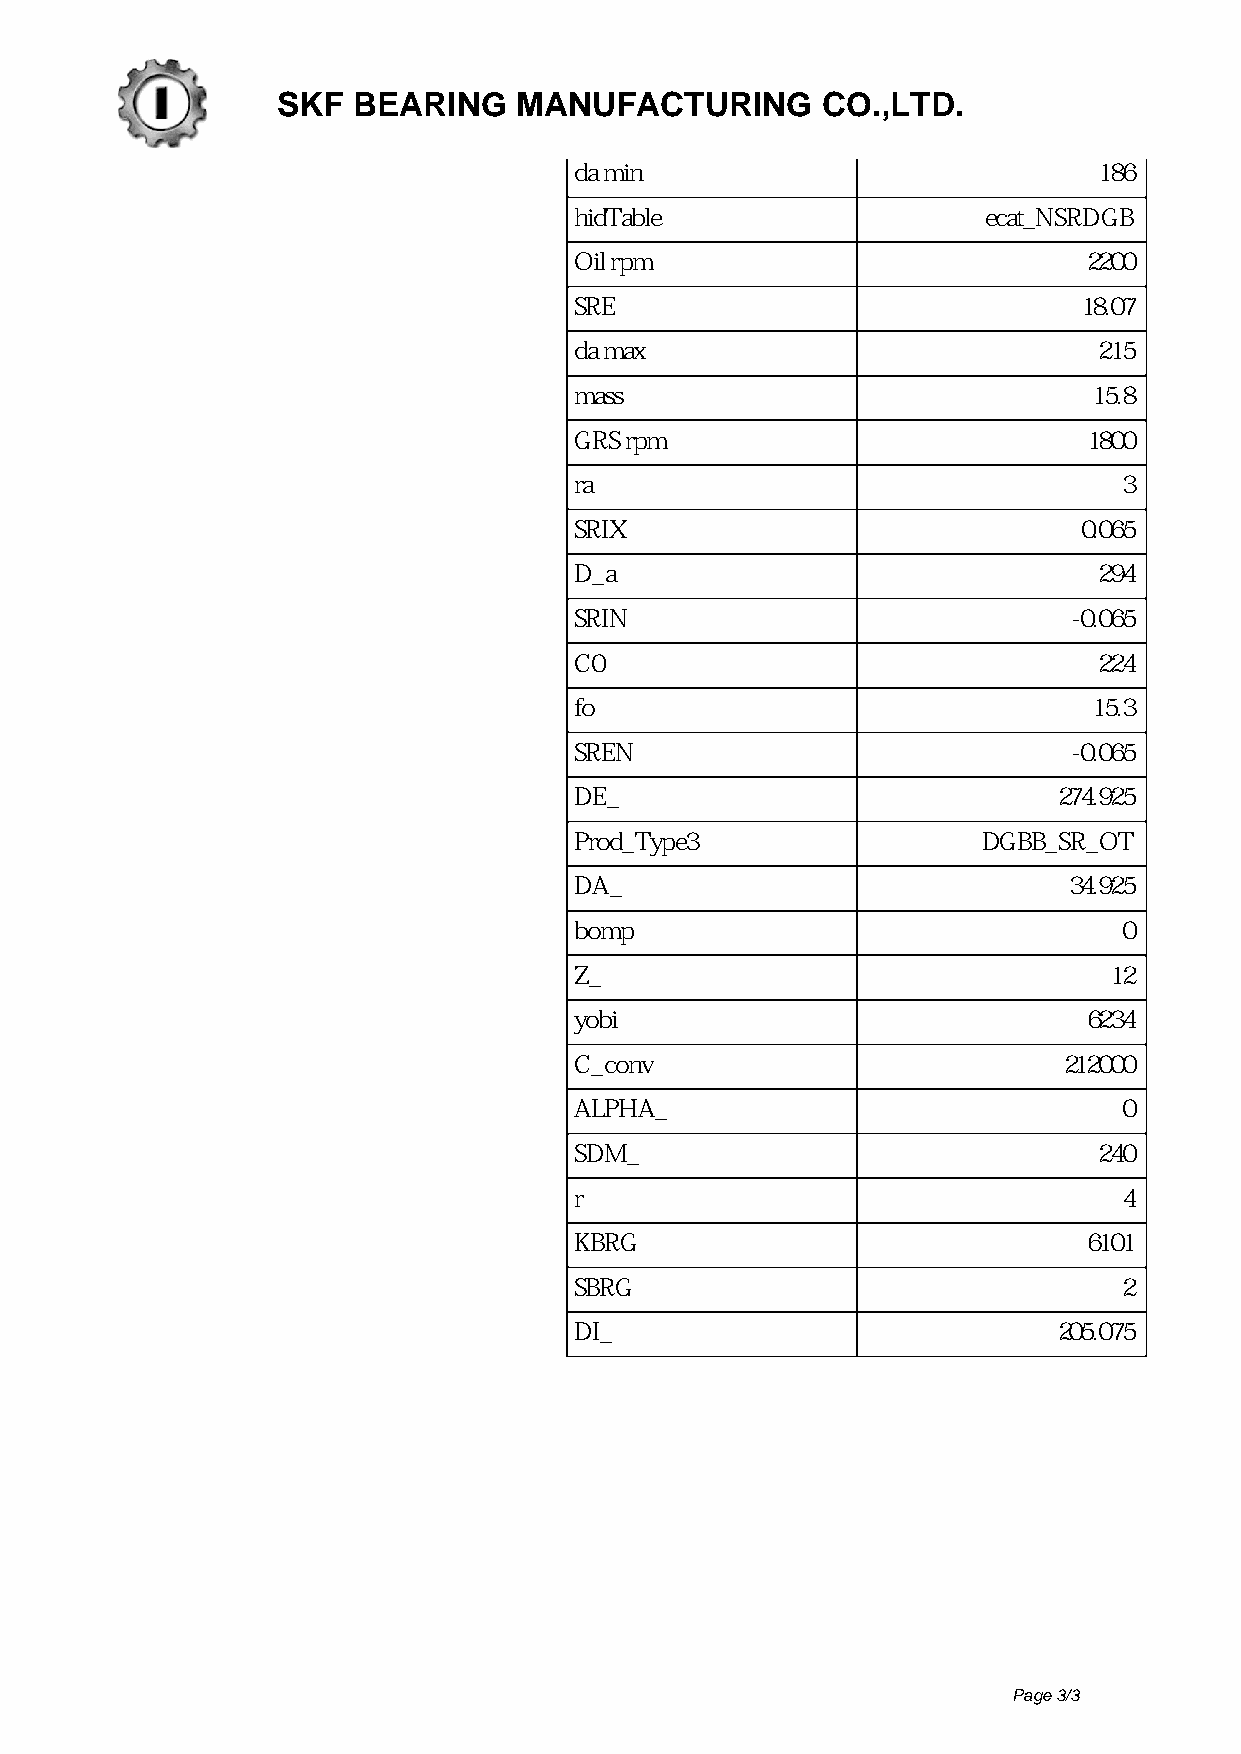
SKF  BEARING    MANUFACTURING       CO.,LTD.
 da min                             186
 hidTable                   ecat_NSRDGB
 Oil rpm                           2200
 SRE                               18.07
 da max                             215
 mass                              15.8
 GRS rpm                           1800
 ra                                  3
 SRIX                              0.065
 D_a                                294
 SRIN                             -0.065
 C0                                 224
 fo                                15.3
 SREN                             -0.065
 DE_                             274.925
 Prod_Type3                 DGBB_SR_OT
 DA_                              34.925
 bomp                                0
 Z_                                 12
 yobi                              6234
 C_conv                          212000
 ALPHA_                              0
 SDM_                               240
 r                                   4
 KBRG                              6101
 SBRG                                2
 DI_                             205.075
 Page 3/3
 Powered by TCPDF (www.tcpdf.org)